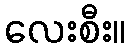
လေးစီး။